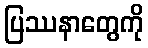
ပြဿနာတွေကို